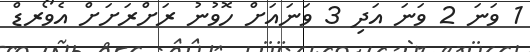
1 ވަނަ 2 ވަނަ އަދި 3 ވަނައަށް ހޮވުނު ރަށްރަށަށް އެވޯރޑް